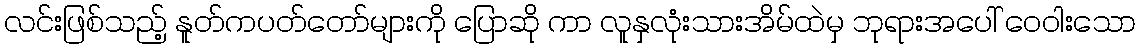
လင်းဖြစ်သည့် နူတ်ကပတ်တော်များကို ပြောဆို ကာ လူနှလုံးသားအိမ်ထဲမှ ဘုရားအပေါ် ဝေဝါးသော